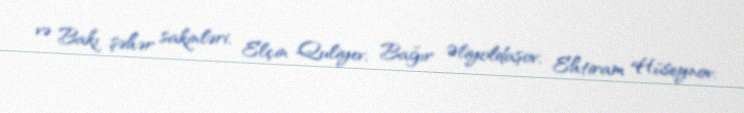
və Bakı şəhər sakinləri, Elçin Quliyev, Bağır Əliyoldaşov, Ehtiram Hüseynov,